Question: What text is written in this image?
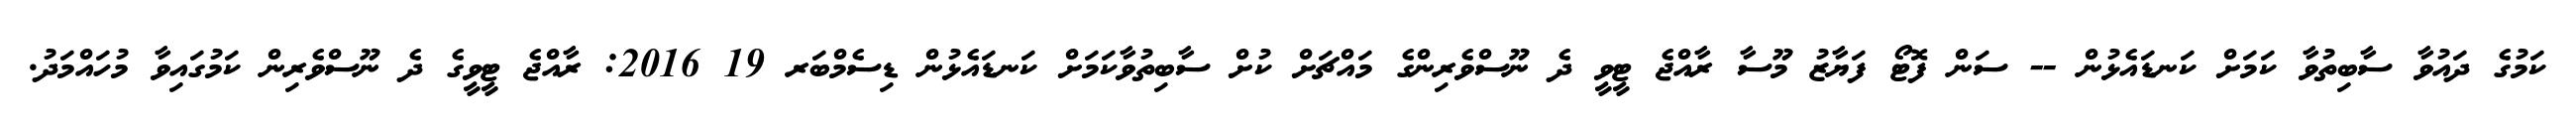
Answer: ކަމުގެ ދައުވާ ސާބިތުވާ ކަމަށް ކަނޑައެޅުން -- ސަން ފޮޓޯ ފަޔާޒު މޫސާ ރާއްޖެ ޓީވީ ދެ ނޫސްވެރިންގެ މައްޗަށް ކުށް ސާބިތުވާކަމަށް ކަނޑައެޅުން ޑިސެމްބަރ 19 2016: ރާއްޖެ ޓީވީގެ ދެ ނޫސްވެރިން ކަމުގައިވާ މުހައްމަދު.